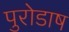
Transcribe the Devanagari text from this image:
पुरोडाष